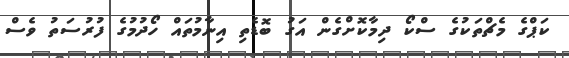
ކަޕްގެ މެޗްތަކުގެ ސްކޯ ދިމާކޮށްގެން އަގު ބޮޑެތި އިނާމުތައް ހޯދުމުގެ ފުރުސަތު ވެސް